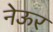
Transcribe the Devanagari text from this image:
नेऊर